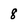
Character: 8